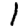
Digit: 1